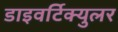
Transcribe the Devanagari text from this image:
डाइवर्टिक्युलर